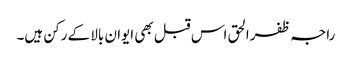
راجہ ظفرالحق اس قبل بھی ایوان بالا کے رکن ہیں۔